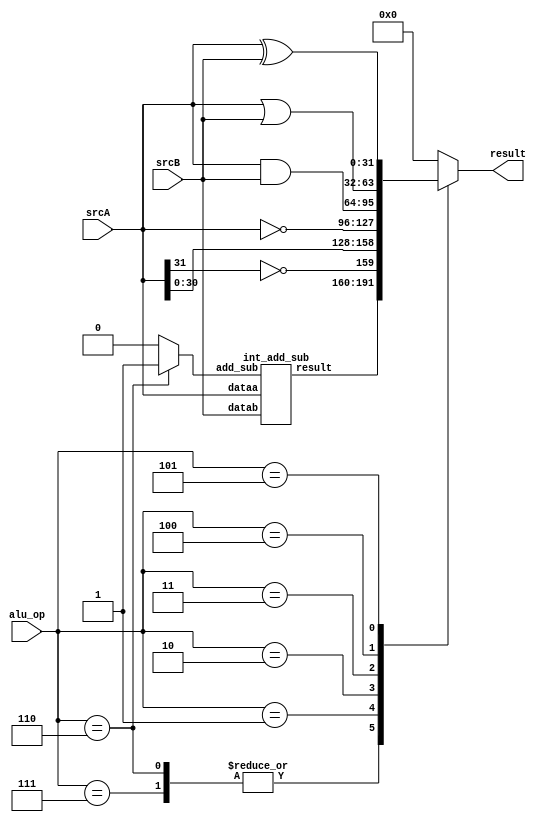
module alu_simple (
	srcA,
	srcB,
	alu_op,
	result)/* synthesis synthesis_clearbox = 1 */;


parameter ALU_OP  = 3;
input	[ALU_OP - 1 : 0]  alu_op;
input   [31:0] srcA;
input   [31:0] srcB;
output reg  [31:0] result;

wire   [31:0] result1;
wire   [31:0] result2;
wire   [31:0] result3;
wire   [31:0] result4;

wire add_sub;
assign add_sub = (alu_op == 3'b110)? 1'b1 : 1'b0;	// temporary
always@(*)
begin
   case(alu_op)
      3'h6,3'h7:begin
      	   result    = result1;
       end
      3'h1:begin
	   result    = {!srcA[31],srcA[30:0]};	//FIX this is not corrct
       end
      3'h2:begin
      	   result    = ~srcA;
       end
      3'h3:begin
      	   result    = srcA & srcB;
       end
      3'h4:begin
      	   result    = srcA | srcB;
       end
      3'h5:begin
      	   result    = srcA ^ srcB;
       end
       default: begin
      	   result    = 32'b0;
      	end
   endcase
end

   int_add_sub int_add_sub1(
      .add_sub(add_sub),
      .dataa (srcA),
      .datab (srcB),
      .result(result1)
   );
   
endmodule

module int_add_sub(
        add_sub,
        dataa ,
        datab ,
        result);
input add_sub;
input   [31:0] dataa;
input   [31:0] datab;
output   [31:0] result;

   assign result = (add_sub)?(dataa + datab) : (dataa - datab);
endmodule